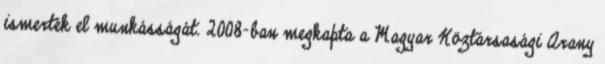
ismerték el munkásságát. 2008-ban megkapta a Magyar Köztársasági Arany